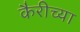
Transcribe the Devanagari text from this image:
कैरीच्या